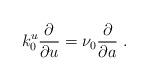
LaTeX: \begin{align*}k^u_0 \frac{\partial}{\partial u} = \nu_0 \frac{\partial}{\partial a} \ .\end{align*}